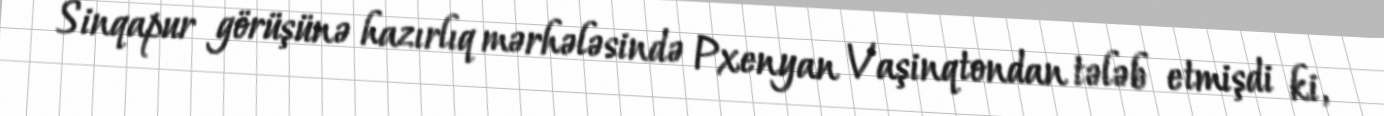
Sinqapur görüşünə hazırlıq mərhələsində Pxenyan Vaşinqtondan tələb etmişdi ki,